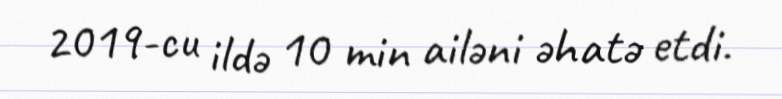
2019-cu ildə 10 min ailəni əhatə etdi.